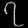
Digit: ၇